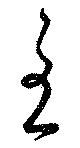
主